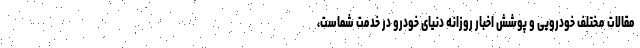
مقالات مختلف خودرویی و پوشش اخبار روزانه دنیای خودرو در خدمت شماست،